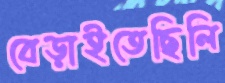
বেড়াইতেছিলি